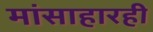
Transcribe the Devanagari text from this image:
मांसाहारही